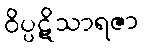
ဝိပ္ပဋိသာရဇာ